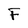
Character: F